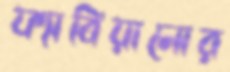
ফ্যাবিয়ানোর